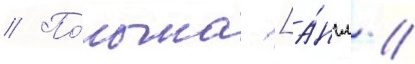
// По́льша [а́нгл. //